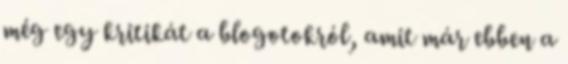
még egy kritikát a blogotokról, amit már ebben a